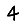
Digit: 4